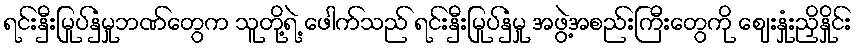
ရင်းနှီးမြုပ်နှံမှုဘဏ်တွေက သူတို့ရဲ့ ဖေါက်သည် ရင်းနှီးမြုပ်နှံမှု အဖွဲ့အစည်းကြီးတွေကို ဈေးနှုံးညှိနှိုင်း